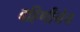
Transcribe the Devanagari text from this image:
बहिणीनेच